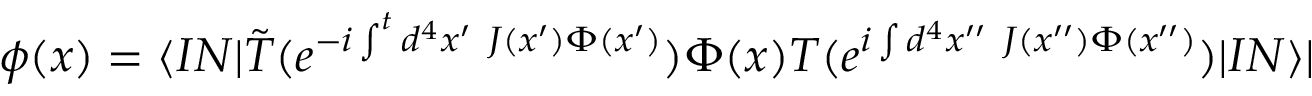
\phi ( x ) = \langle I N | \tilde { T } ( e ^ { - i \int ^ { t } d ^ { 4 } x ^ { \prime } ~ J ( x ^ { \prime } ) \Phi ( x ^ { \prime } ) } ) \Phi ( x ) T ( e ^ { i \int d ^ { 4 } x ^ { \prime \prime } ~ J ( x ^ { \prime \prime } ) \Phi ( x ^ { \prime \prime } ) } ) | I N \rangle |